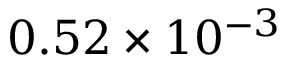
0 . 5 2 \times 1 0 ^ { - 3 }